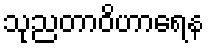
သုညတာဝိဟာရေန